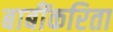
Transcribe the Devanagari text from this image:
बाबींकरिता